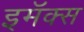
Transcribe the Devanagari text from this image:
इमॅक्स